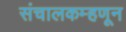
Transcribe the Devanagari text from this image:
संचालकम्हणून